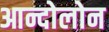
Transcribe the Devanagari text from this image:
आन्दोलोन